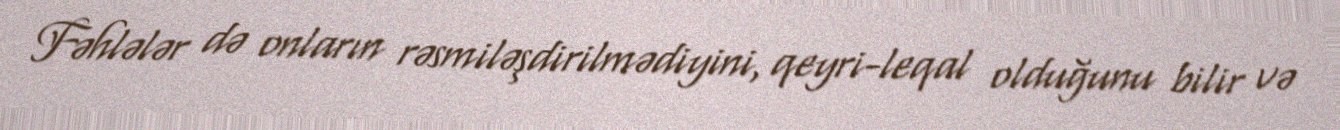
Fəhlələr də onların rəsmiləşdirilmədiyini, qeyri-leqal olduğunu bilir və